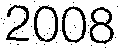
2008